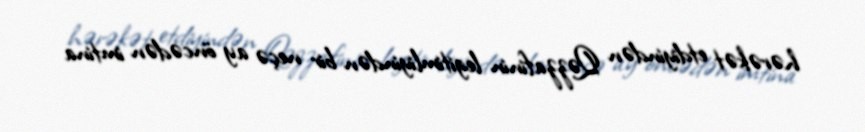
hərəkət etdiyindən Qəzzafinin legitimliyindən bir neçə ay öncədən imtina